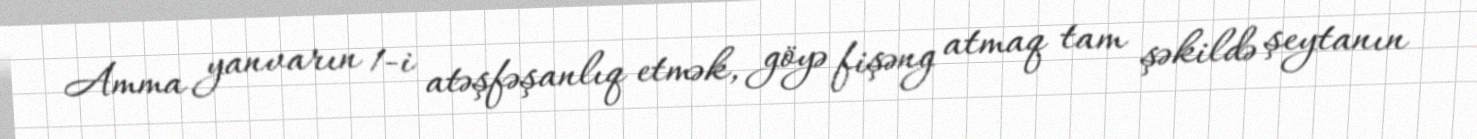
Amma yanvarın 1-i atəşfəşanlıq etmək, göyə fişəng atmaq tam şəkildə şeytanın